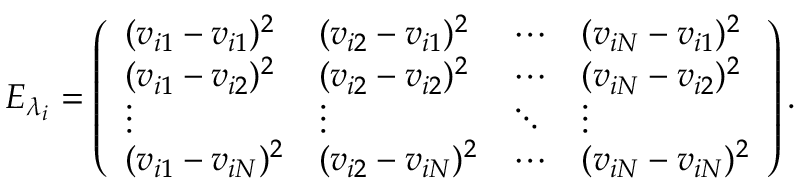
E _ { \lambda _ { i } } = \left( \begin{array} { l l l l } { ( v _ { i 1 } - v _ { i 1 } ) ^ { 2 } } & { ( v _ { i 2 } - v _ { i 1 } ) ^ { 2 } } & { \cdots } & { ( v _ { i N } - v _ { i 1 } ) ^ { 2 } } \\ { ( v _ { i 1 } - v _ { i 2 } ) ^ { 2 } } & { ( v _ { i 2 } - v _ { i 2 } ) ^ { 2 } } & { \cdots } & { ( v _ { i N } - v _ { i 2 } ) ^ { 2 } } \\ { \vdots } & { \vdots } & { \ddots } & { \vdots } \\ { ( v _ { i 1 } - v _ { i N } ) ^ { 2 } } & { ( v _ { i 2 } - v _ { i N } ) ^ { 2 } } & { \cdots } & { ( v _ { i N } - v _ { i N } ) ^ { 2 } } \end{array} \right) .